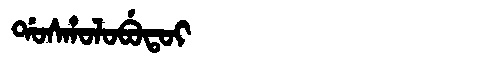
Manchu: ᡩᠣᠰᡥᠣᠯᠣᠪᡠᡨᠣᡳ
Romanization: DOSHOLOBUTOI